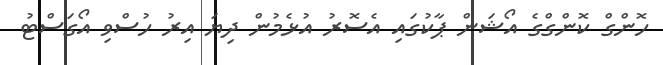
ހޮންގް ކޮންގްގެ އޯޝަން ޕާކުގައި އެސޮރު އުޅެމުން ދިޔަ އިރު ހުސްވި އޯގަސްޓު